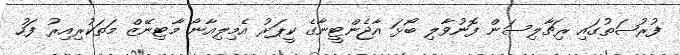
ފުރުޞަތުގައި ރިޗާލިސަން ފޮނުވާލި ބޯޅަ އާޖެންޓީނާގެ ކީޕަރު އެމިލިއާނޯ މާޓިނޭޒް މަތަކުރިއިރު ފަހު